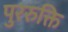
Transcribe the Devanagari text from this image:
पुररुक्ति